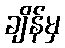
ချိန်မှ